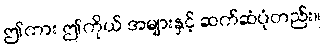
ဤကား ဤကိုယ် အများနှင့် ဆက်ဆံပုံတည်း။